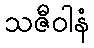
သဇီဝါနံ